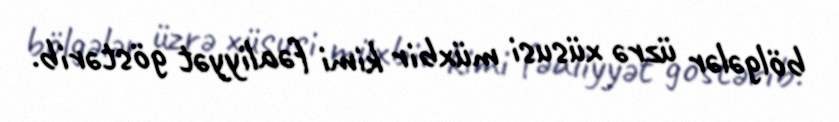
bölgələr üzrə xüsusi müxbir kimi fəaliyyət göstərib.